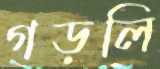
গড়লি